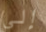
إلى